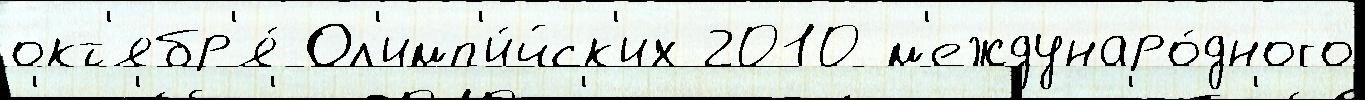
окт'ябр'я́ Ол'имп'и́йск'их 2010 м'еждунаро́дного